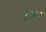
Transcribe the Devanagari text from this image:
पूरुष